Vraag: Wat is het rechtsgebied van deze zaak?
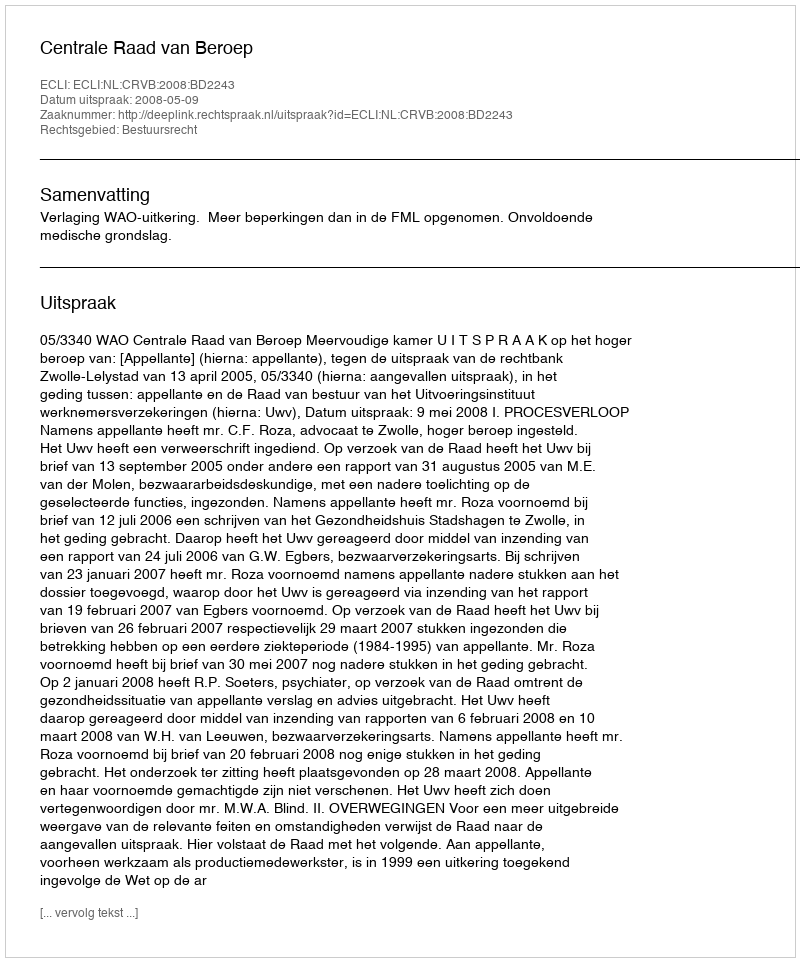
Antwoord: Bestuursrecht